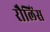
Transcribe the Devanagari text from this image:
रौलिंस